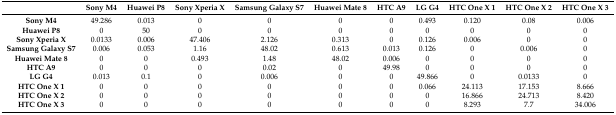
|  | Sony M4 | Huawei P8 | Sony Xperia X | Samsung Galaxy S7 | Huawei Mate 8 | HTC A9 | LG G4 | HTC One X 1 | HTC One X 2 | HTC One X 3 |
 | --- | --- | --- | --- | --- | --- | --- | --- | --- | --- | --- |
 | Sony M4 | 49.286 | 0.013 | 0 | 0 | 0 | 0 | 0.493 | 0.120 | 0.08 | 0.006 |
 | Huawei P8 | 0 | 50 | 0 | 0 | 0 | 0 | 0 | 0 | 0 | 0 |
 | Sony Xperia X | 0.0133 | 0.006 | 47.406 | 2.126 | 0.313 | 0 | 0.126 | 0.006 | 0 | 0 |
 | Samsung Galaxy S7 | 0.006 | 0.053 | 1.16 | 48.02 | 0.613 | 0.013 | 0.126 | 0 | 0.006 | 0 |
 | Huawei Mate 8 | 0 | 0 | 0.493 | 1.48 | 48.02 | 0.006 | 0 | 0 | 0 | 0 |
 | HTC A9 | 0 | 0 | 0 | 0.02 | 0 | 49.98 | 0 | 0 | 0 | 0 |
 | LG G4 | 0.013 | 0.1 | 0 | 0.006 | 0 | 0 | 49.866 | 0 | 0.0133 | 0 |
 | HTC One X 1 | 0 | 0 | 0 | 0 | 0 | 0 | 0.066 | 24.113 | 17.153 | 8.666 |
 | HTC One X 2 | 0 | 0 | 0 | 0 | 0 | 0 | 0 | 16.866 | 24.713 | 8.420 |
 | HTC One X 3 | 0 | 0 | 0 | 0 | 0 | 0 | 0 | 8.293 | 7.7 | 34.006 |